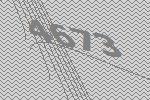
4673